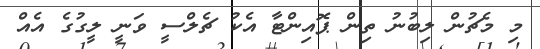
މި މެޗުން ލިބުނު ތިން ޕޮއިންޓާ އެކު ޗެލްސީ ވަނީ ލީގުގެ އެއް